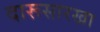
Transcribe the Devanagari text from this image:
दारूसारखा